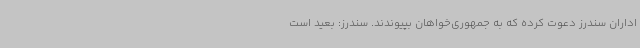
اداران سندرز دعوت کرده که به جمهوری‌خواهان بپیوندند. سندرز: بعید است